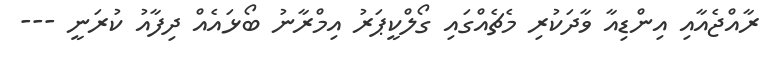
ރާއްޖެއާއި އިންޑިއާ ވާދަކުރި މެޗެއްގައި ގޯލްކީޕަރު އިމްރާނު ބޯޅައެއް ދިފާއު ކުރަނީ ---